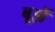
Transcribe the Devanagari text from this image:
बूझें